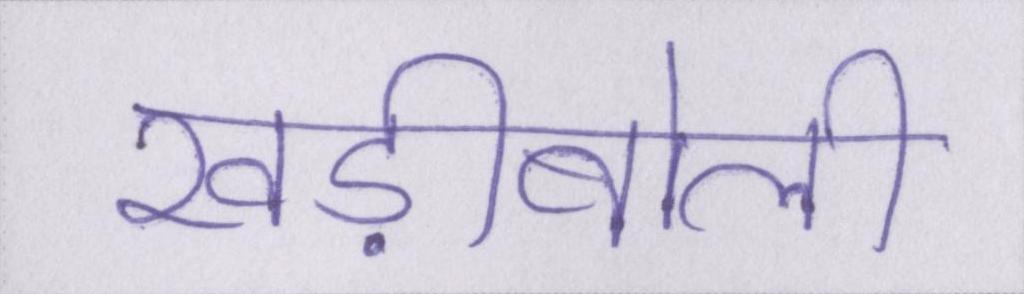
खड़ीबोली